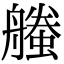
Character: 𧑥